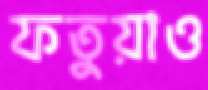
ফতুয়াও